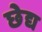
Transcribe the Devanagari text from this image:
छेद्य